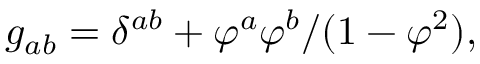
g _ { a b } = \delta ^ { a b } + \varphi ^ { a } \varphi ^ { b } / ( 1 - \varphi ^ { 2 } ) ,